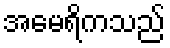
အမေရိကသည်